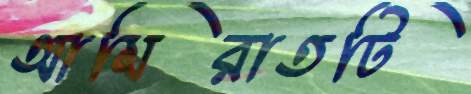
আমিরাতটি